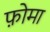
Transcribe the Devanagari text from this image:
फ़ोमा